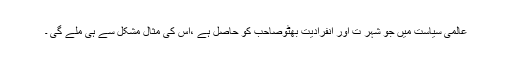
عالمی سیاست میں جو شہر ت اور انفرادیت بھٹوصاحب کو حاصل ہے ،اس کی مثال مشکل سے ہی ملے گی ۔